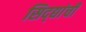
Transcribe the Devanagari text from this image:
सिद्द्यांची